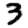
Digit: 3